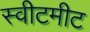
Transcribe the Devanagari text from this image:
स्वीटमीट